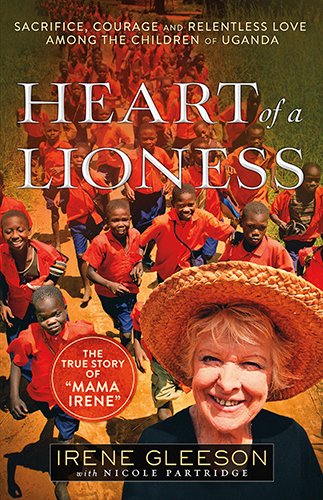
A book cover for Heart of a Lioness: Sacrifice, Courage & Relentless Love Among the Children of Uganda; Irene Gleeson; Travel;